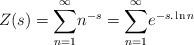
\begin{align*}Z(s)=\underset{n=1}{\overset{\infty }{\sum }}n^{-s}=\underset{n=1}{\overset{\infty }{\sum }}e^{-s.\ln n} \end{align*}